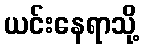
ယင်းနေရာသို့